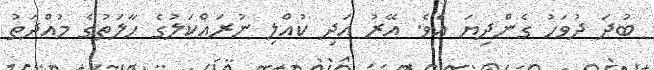
ބުދަ ދުވަހު ގެންދިޔަ އެވެ. އޭރު އަދި ކުއްލި ނުރައްކަލުގެ ހާލަތުގެ މުއްދަތު